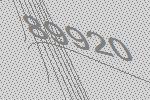
89920